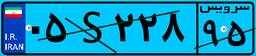
۳۶S۷۲۰۸۳